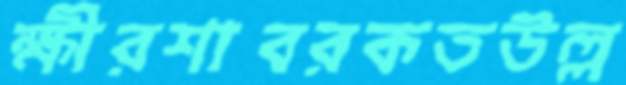
ক্ষীরশাবরকতউল্ল